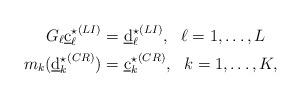
LaTeX: \begin{align*}G_{\ell} {\underbar{c}^{\star}_{\ell}}^{(LI)} &= {\underbar{d}^{\star}_{\ell}}^{(LI)},\ \ \ell = 1,\dots, L \\m_k({\underbar{d}^{\star}_{k}}^{(CR)}) &= {\underbar{c}^{\star}_{k}}^{(CR)},\ \ k=1,\dots,K, \end{align*}